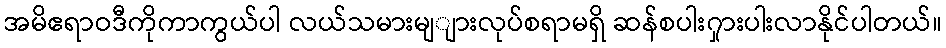
အမိဧရာဝဒီကိုကာကွယ်ပါ လယ်သမားမျျားလုပ်စရာမရှိ ဆန်စပါး၇ှားပါးလာနိုင်ပါတယ်။